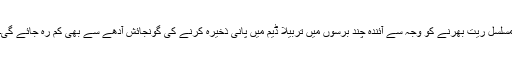
مسلسل ریت بھرنے کو وجہ سے آئندہ چند برسوں میں تربیلا ڈیم میں پانی ذخیرہ کرنے کی گونجائش آدھے سے بھی کم رہ جائے گی۔